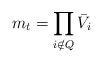
LaTeX: \begin{align*}m_t = \prod_{i \notin Q} \bar{V}_i\end{align*}